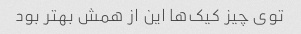
توی چیز کیک‌ها این از همش بهتر بود